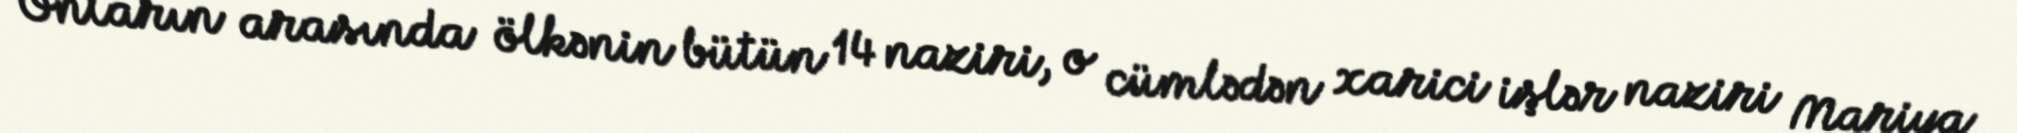
Onların arasında ölkənin bütün 14 naziri, o cümlədən xarici işlər naziri Mariya